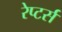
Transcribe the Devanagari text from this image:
रेप्‍टर्स